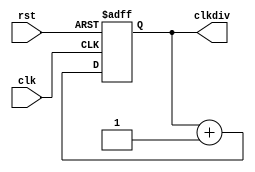
`timescale 1ns / 1ps
//////////////////////////////////////////////////////////////////////////////////
// Company: 
// Engineer: 
// 
// Design Name: 
// Module Name:    clkdiv 
// Project Name: 
// Target Devices: 
// Tool versions: 
// Description: 
//
// Dependencies: 
//
// Revision: 
// Revision 0.01 - File Created
// Additional Comments: 
//
//////////////////////////////////////////////////////////////////////////////////
module clkdiv(input clk,
              input rst,
              output reg [31:0] clkdiv
            );

    always @ (posedge clk or posedge rst) begin
        if (rst) clkdiv <=0;
        else clkdiv <= clkdiv + 1'b1;
    end

endmodule